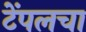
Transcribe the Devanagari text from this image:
टेंपलचा